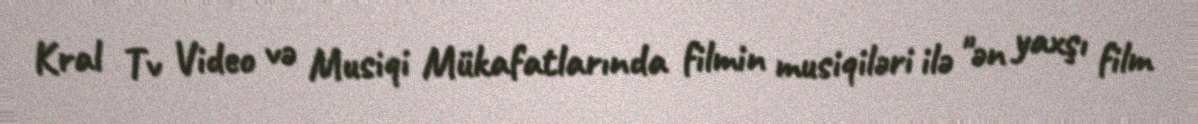
Kral Tv Video və Musiqi Mükafatlarında filmin musiqiləri ilə "ən yaxşı film